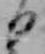
日